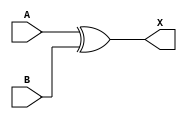
`timescale 1ns / 1ps
//////////////////////////////////////////////////////////////////////////////////
// Company: 
// Engineer: 
// 
// Design Name: 
// Module Name: even2BitParity
// Project Name: 
// Target Devices: 
// Tool Versions: 
// Description: 
// 
// Dependencies: 
// 
// Revision:
// Revision 0.01 - File Created
// Additional Comments:
// 
//////////////////////////////////////////////////////////////////////////////////


module even2BitParity(
    input A,
    input B,
    output X
    );
    xor(X, A, B);
endmodule

module even8BitParity(
    input [7:0]M,
    output P
    );
    wire p0, p1, p2, p3, p4, p5;
    even2BitParity uud(.A(M[0]), .B(M[1]), .X(p0));
    even2BitParity uud1(.A(M[2]), .B(M[3]), .X(p1));
    even2BitParity uud2(.A(M[4]), .B(M[5]), .X(p2));
    even2BitParity uud3(.A(M[6]), .B(M[7]), .X(p3));
    even2BitParity uud4(.A(p0), .B(p1), .X(p4));
    even2BitParity uud5(.A(p2), .B(p3), .X(p5));
    even2BitParity uud6(.A(p4), .B(p5), .X(P));
endmodule